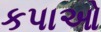
કપાઓ